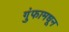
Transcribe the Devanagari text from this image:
गुंफामधून